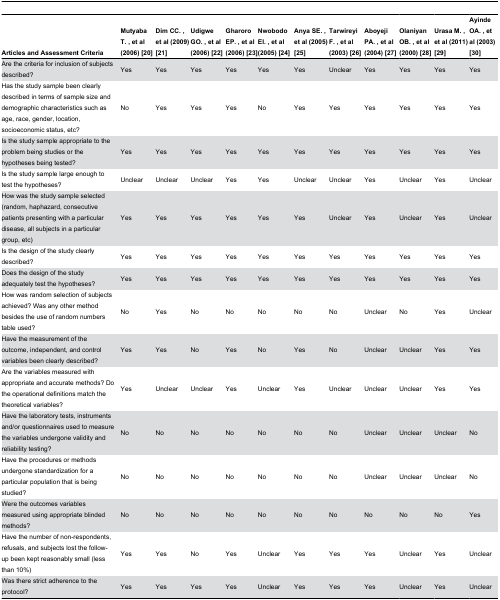
<table><thead><tr><td><b>Articles and Assessment Criteria</b></td><td><b>Mutyaba T. , et al (2006) [20]</b></td><td><b>Dim CC. , et al (2009) [21]</b></td><td><b>Udigwe GO. , et al (2006) [22]</b></td><td><b>Gharoro EP. , et al (2006) [23]</b></td><td><b>Nwobodo EI. , et al (2005) [24]</b></td><td><b>Anya SE. , et al (2005) [25]</b></td><td><b>Tarwireyi F. , et al (2003) [26]</b></td><td><b>Aboyeji PA. , et al (2004) [27]</b></td><td><b>Olaniyan OB. , et al (2000) [28]</b></td><td><b>Urasa M. , et al (2011) [29]</b></td><td><b>Ayinde OA. , et al (2003) [30]</b></td></tr></thead><tbody><tr><td>Are the criteria for inclusion of subjects described?</td><td>Yes</td><td>Yes</td><td>Yes</td><td>Yes</td><td>Yes</td><td>Yes</td><td>Unclear</td><td>Yes</td><td>Yes</td><td>Yes</td><td>Yes</td></tr><tr><td>Has the study sample been clearly described in terms of sample size and demographic characteristics such as age, race, gender, location, socioeconomic status, etc?</td><td>No</td><td>Yes</td><td>Yes</td><td>Yes</td><td>No</td><td>Yes</td><td>Yes</td><td>Yes</td><td>Yes</td><td>Yes</td><td>Yes</td></tr><tr><td>Is the study sample appropriate to the problem being studies or the hypotheses being tested?</td><td>Yes</td><td>Yes</td><td>Yes</td><td>Yes</td><td>Yes</td><td>Yes</td><td>Yes</td><td>Yes</td><td>Yes</td><td>Yes</td><td>Yes</td></tr><tr><td>Is the study sample large enough to test the hypotheses?</td><td>Unclear</td><td>Unclear</td><td>Unclear</td><td>Yes</td><td>Yes</td><td>Unclear</td><td>Unclear</td><td>Yes</td><td>Unclear</td><td>Yes</td><td>Unclear</td></tr><tr><td>How was the study sample selected (random, haphazard, consecutive patients presenting with a particular disease, all subjects in a particular group, etc)</td><td>Yes</td><td>Yes</td><td>Yes</td><td>Yes</td><td>Yes</td><td>Yes</td><td>Unclear</td><td>Yes</td><td>Unclear</td><td>Yes</td><td>Unclear</td></tr><tr><td>Is the design of the study clearly described?</td><td>Yes</td><td>Yes</td><td>Yes</td><td>Yes</td><td>Yes</td><td>Yes</td><td>Yes</td><td>Yes</td><td>Yes</td><td>Yes</td><td>Yes</td></tr><tr><td>Does the design of the study adequately test the hypotheses?</td><td>Yes</td><td>Yes</td><td>Yes</td><td>Yes</td><td>Yes</td><td>Yes</td><td>Yes</td><td>Yes</td><td>Yes</td><td>Yes</td><td>Yes</td></tr><tr><td>How was random selection of subjects achieved? Was any other method besides the use of random numbers table used?</td><td>No</td><td>Yes</td><td>No</td><td>No</td><td>No</td><td>No</td><td>No</td><td>Unclear</td><td>No</td><td>Yes</td><td>Unclear</td></tr><tr><td>Have the measurement of the outcome, independent, and control variables been clearly described?</td><td>Yes</td><td>Yes</td><td>No</td><td>Yes</td><td>No</td><td>Yes</td><td>No</td><td>Unclear</td><td>Unclear</td><td>Yes</td><td>Yes</td></tr><tr><td>Are the variables measured with appropriate and accurate methods? Do the operational definitions match the theoretical variables?</td><td>Yes</td><td>Unclear</td><td>Unclear</td><td>Yes</td><td>Unclear</td><td>Yes</td><td>Unclear</td><td>Unclear</td><td>Unclear</td><td>Yes</td><td>Yes</td></tr><tr><td>Have the laboratory tests, instruments and/or questionnaires used to measure the variables undergone validity and reliability testing?</td><td>No</td><td>No</td><td>No</td><td>No</td><td>No</td><td>No</td><td>No</td><td>Unclear</td><td>Unclear</td><td>Unclear</td><td>No</td></tr><tr><td>Have the procedures or methods undergone standardization for a particular population that is being studied?</td><td>No</td><td>No</td><td>No</td><td>No</td><td>No</td><td>No</td><td>No</td><td>Unclear</td><td>Unclear</td><td>Unclear</td><td>No</td></tr><tr><td>Were the outcomes variables measured using appropriate blinded methods?</td><td>No</td><td>No</td><td>No</td><td>No</td><td>No</td><td>No</td><td>No</td><td>No</td><td>No</td><td>No</td><td>Yes</td></tr><tr><td>Have the number of non-respondents, refusals, and subjects lost the follow-up been kept reasonably small (less than 10%)</td><td>Yes</td><td>Yes</td><td>No</td><td>Yes</td><td>Unclear</td><td>Yes</td><td>Yes</td><td>Yes</td><td>Unclear</td><td>Yes</td><td>Unclear</td></tr><tr><td>Was there strict adherence to the protocol?</td><td>Yes</td><td>Yes</td><td>Yes</td><td>Yes</td><td>Unclear</td><td>Yes</td><td>Yes</td><td>Yes</td><td>Unclear</td><td>Yes</td><td>Unclear</td></tr></tbody></table>